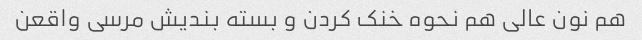
هم نون عالی هم نحوه خنک کردن و بسته بندیش مرسی واقعن